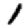
Digit: 1